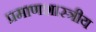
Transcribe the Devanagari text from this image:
प्रमाणशास्त्रीय